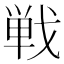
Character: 戦